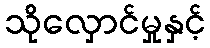
သိုလှောင်မှုနှင့်